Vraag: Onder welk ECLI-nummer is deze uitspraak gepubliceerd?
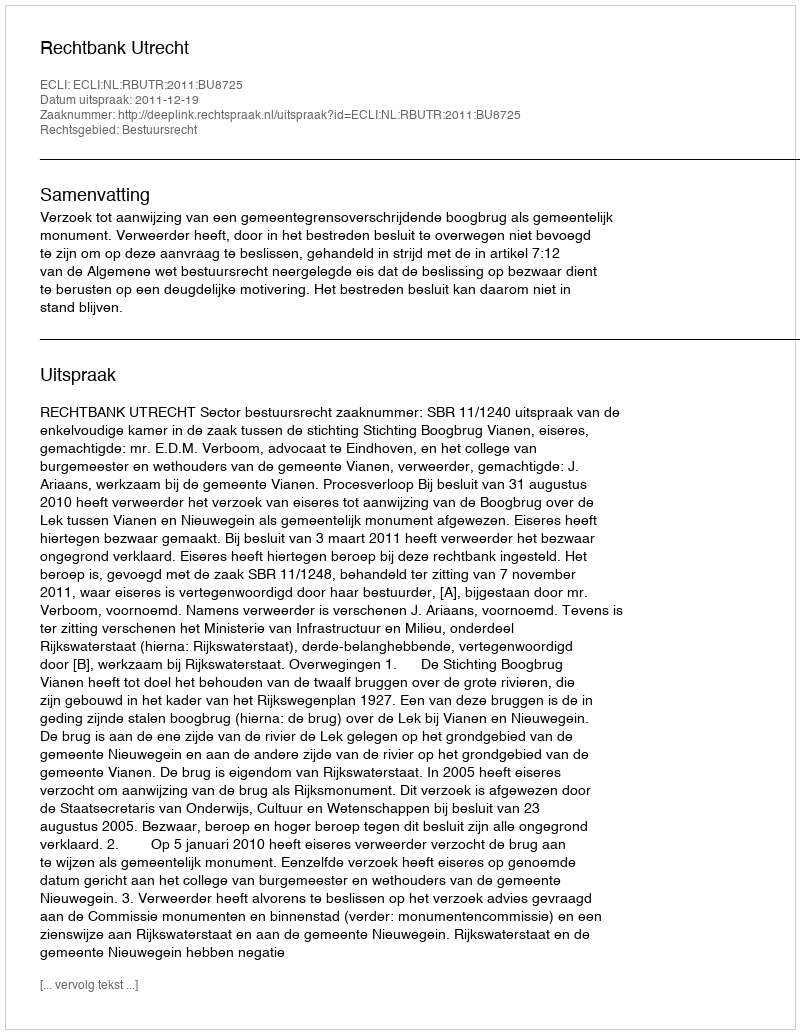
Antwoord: ECLI:NL:RBUTR:2011:BU8725